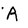
Character: A